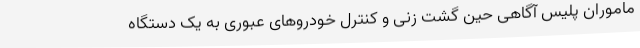
ماموران پلیس آگاهی حین گشت زنی و کنترل خودروهای عبوری به یک دستگاه